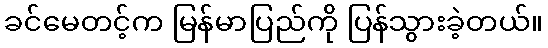
ခင်မေတင့်က မြန်မာပြည်ကို ပြန်သွားခဲ့တယ်။